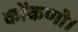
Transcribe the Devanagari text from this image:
कोंकणी।